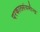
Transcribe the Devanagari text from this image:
परकालसंयमीन्द्र